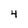
Character: 4